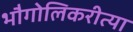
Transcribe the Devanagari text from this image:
भौगोलिकरीत्या